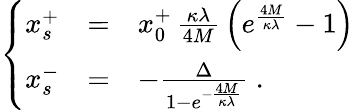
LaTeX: \left\{ \begin{array}{lll}{{x_{s}^{+}}}&{{=}}&{{x_{0}^{+}\, \frac{\kappa\lambda}{4M}\, \left(e^{\frac{4M}{\kappa\lambda}}-1\right)}}\\ {{x_{s}^{-}}}&{{=}}&{{-\frac{\Delta}{1-e^{-\frac{4M}{\kappa\lambda}}}\; .}}\end{array}\right.